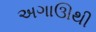
અગાઊથી